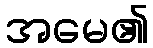
အမေ၏